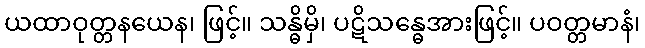
ယထာဝုတ္တနယေန၊ ဖြင့်။ သန္ဓိမှိ၊ ပဋိသန္ဓေအားဖြင့်။ ပဝတ္တမာနံ၊